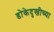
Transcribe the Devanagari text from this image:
डोकेदुखीच्या